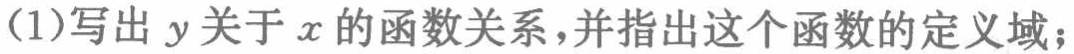
(1)写出 \(y\) 关于 \(x\) 的函数关系，并指出这个函数的定义域；